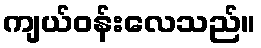
ကျယ်ဝန်းလေသည်။